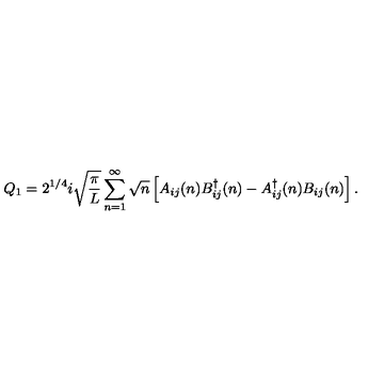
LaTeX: Q _ { 1 } = 2 ^ { 1 / 4 } i \sqrt { \frac { \pi } { L } } \sum _ { n = 1 } ^ { \infty } \sqrt { n } \left[ A _ { i j } ( n ) B _ { i j } ^ { \dag } ( n ) - A _ { i j } ^ { \dag } ( n ) B _ { i j } ( n ) \right] .